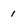
Character: 1